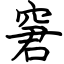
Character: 窘